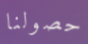
حصولنا